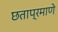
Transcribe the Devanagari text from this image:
छताप्रमाणे